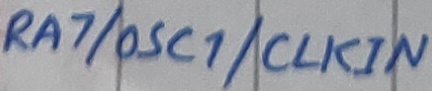
Text: RA7/OSC1/CLKIN